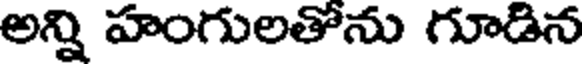
అన్ని హంగులతోను గూడిన